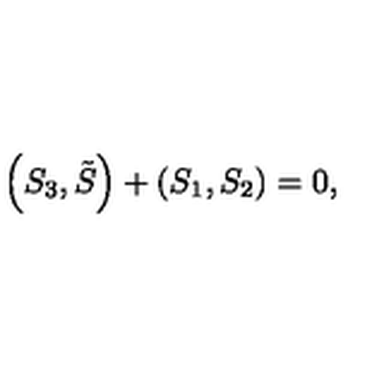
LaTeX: \left( S _ { 3 } , \tilde { S } \right) + \left( S _ { 1 } , S _ { 2 } \right) = 0 ,